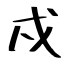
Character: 戍